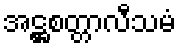
အဋ္ဌစတ္တာလီသမံ